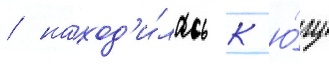
/ наход'и́лась к ю́гу